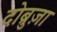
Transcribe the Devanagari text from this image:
दोब्रुज़ा